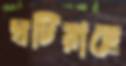
ঘটিয়াছে